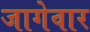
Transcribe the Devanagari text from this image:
जागेवार